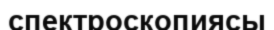
спектроскопиясы